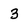
Character: 3